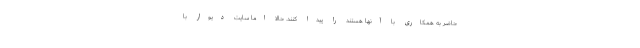
حاضر به همکاری با آنها هستند را پیدا کنند. حالا اما سایت دیوار با